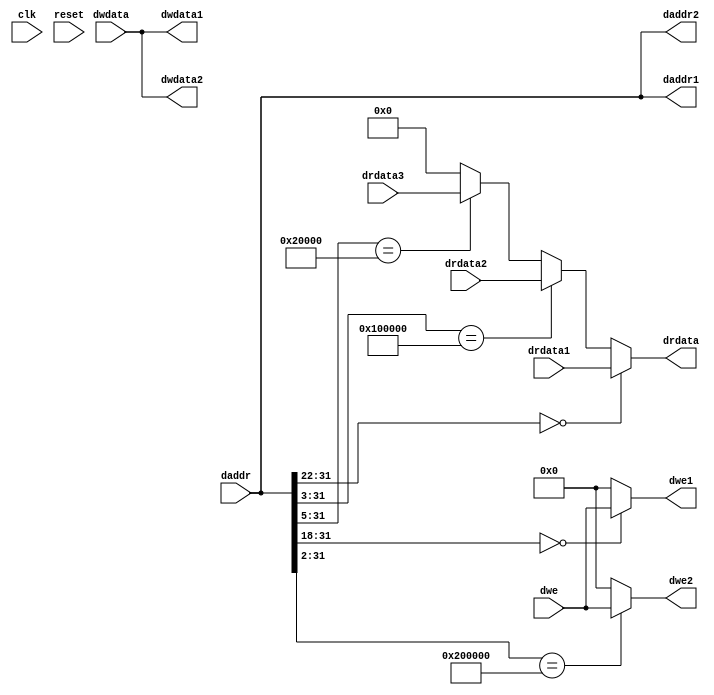
`timescale 1ns/1ps
// Bus interface unit: assumes two branches of the bus -
// 1. connect to dmem
// 2. connect to a single peripheral
// The BIU needs to know the addresses at which DMEM and peripheral are
// connected, so it can do the required multiplexing. 
module biu (
    input clk,
    input reset,

    // Signals going to/from cpu
    input [31:0] daddr,
    input [31:0] dwdata,
    input [3:0] dwe,
    output [31:0] drdata,

    // Signals going to/from dmem
    output [31:0] daddr1,
    output [31:0] dwdata1,
    output [3:0]  dwe1,
    input  [31:0] drdata1,

    // Signals going to/from peripheral
    output [31:0] daddr2,
    output [31:0] dwdata2,
    output [3:0]  dwe2,
    input  [31:0] drdata2,

    // Signals going to/from Pattern matching peripheral interface
    input [31:0] drdata3
);

    // DMEM memory map is from 0-4194304 (i.e) 0x0 to 0x3FFFF - in that range drdata to cpu will come from dmem
    // Memory map for Pattern matching peripheral is from 0x400000 to 0x400013
    // Output peripheral memory map is from 0x800000 to 0x800007

    // For address ranges other than those intended for dmem, output peripheral, pattern matching peripheral - data read is set as 0,
    assign drdata = (daddr[31:22] == {8'h00, 2'b00}) ? drdata1 : 
                    (daddr[31:3] == {28'h0080000,1'b0}) ? drdata2 : 
                    (daddr[31:5] == {24'h004000, 3'b000}) ? drdata3 : 0;

    // Data to dmem
    assign daddr1 = daddr;          // address is handled inside the dmem by removing 2 LSB, so doing nothing here
    assign dwdata1 = dwdata;        // the data to be written is sent as such to both dmem and peripheral because anyway it will be written only if enable is high
    assign dwe1 = (daddr[31:18] == {12'h000,2'b00}) ? dwe : 0;              // enable is set only if address is intended for dmem

    // Data to Output peripheral
    assign daddr2 = daddr;          // address is handled inside the peripheral by taking only 3 LSB, so doing nothing here
    assign dwdata2 = dwdata;        // the data to be written is sent as such to both dmem and peripheral because anyway it will be written only if enable is high
    assign dwe2 = (daddr[31:2] == {28'h0080000,2'b00}) ? dwe : 0;             // enable is set only if address is intended for output peripheral's display locations

endmodule